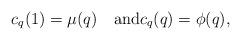
LaTeX: \begin{align*}c_q(1)=\mu(q)\quad\mbox{and} c_q(q)=\phi(q), \end{align*}